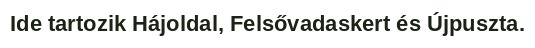
Ide tartozik Hájoldal, Felsővadaskert és Újpuszta.